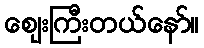
ဈေးကြီးတယ်နော်။